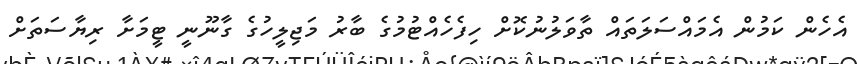
އެހެން ކަމުން އެމައްސަލަތައް ތާވަލުނުކޮށް ހިފެހެއްޓުމުގެ ބާރު މަޖިލީހުގެ ގާނޫނީ ޓީމަށާ ރިޔާސަތަށް